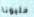
مليونا